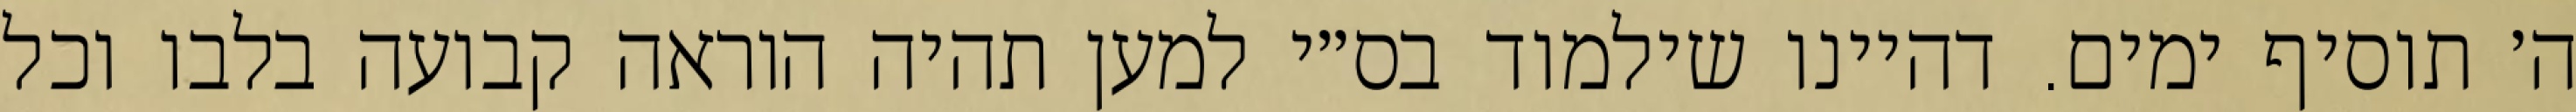
ה׳ תוסיף ימים. דהיינו שילמוד בס״י למען תהיה הוראה קבועה בלבו וכל